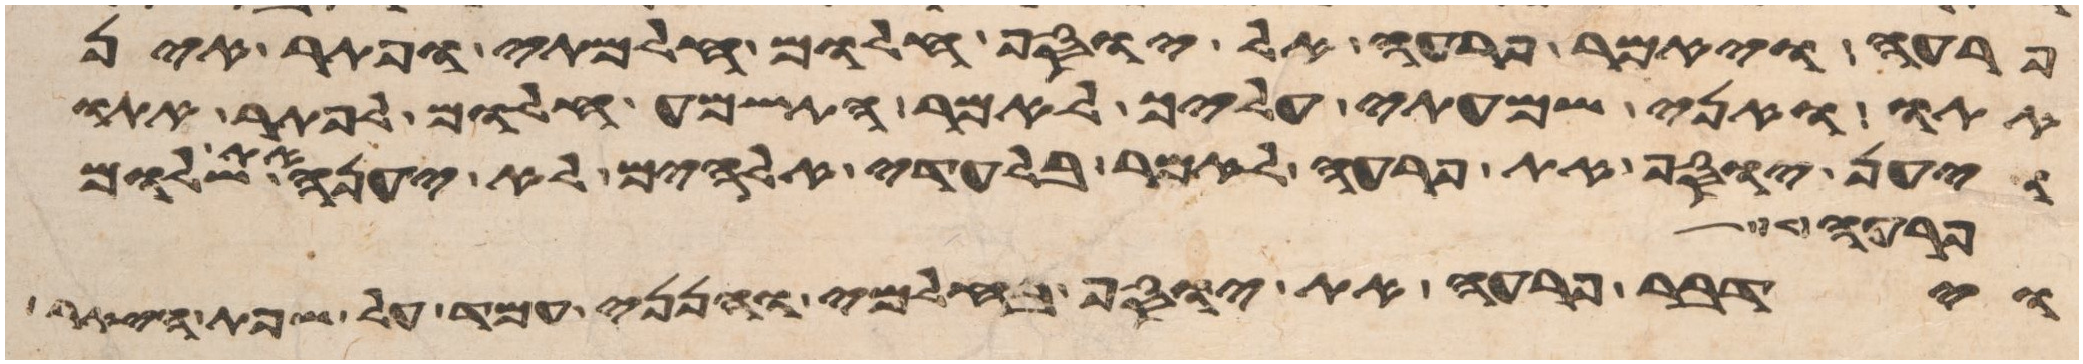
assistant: פרעה ויאמר פרעה אל יוסף חלום חלמתי ופתר אין
אתו ואני שמעתי עליך לאמר התשמע חלום לפתר אתו
ויען יוסף את פרעה לאמר בלעדי אלהים לא יענה את שלום
פרעה מלך
וידבר פרעה את יוסף בחלמי והנני עמד על שפת היאר